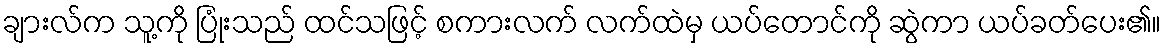
ချားလ်က သူ့ကို ပြုံးသည် ထင်သဖြင့် စကားလက် လက်ထဲမှ ယပ်တောင်ကို ဆွဲကာ ယပ်ခတ်ပေး၏။